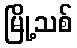
မြို့သစ်